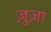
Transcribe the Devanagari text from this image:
ज़ुज़ा